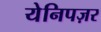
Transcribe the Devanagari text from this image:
येनिपज़र